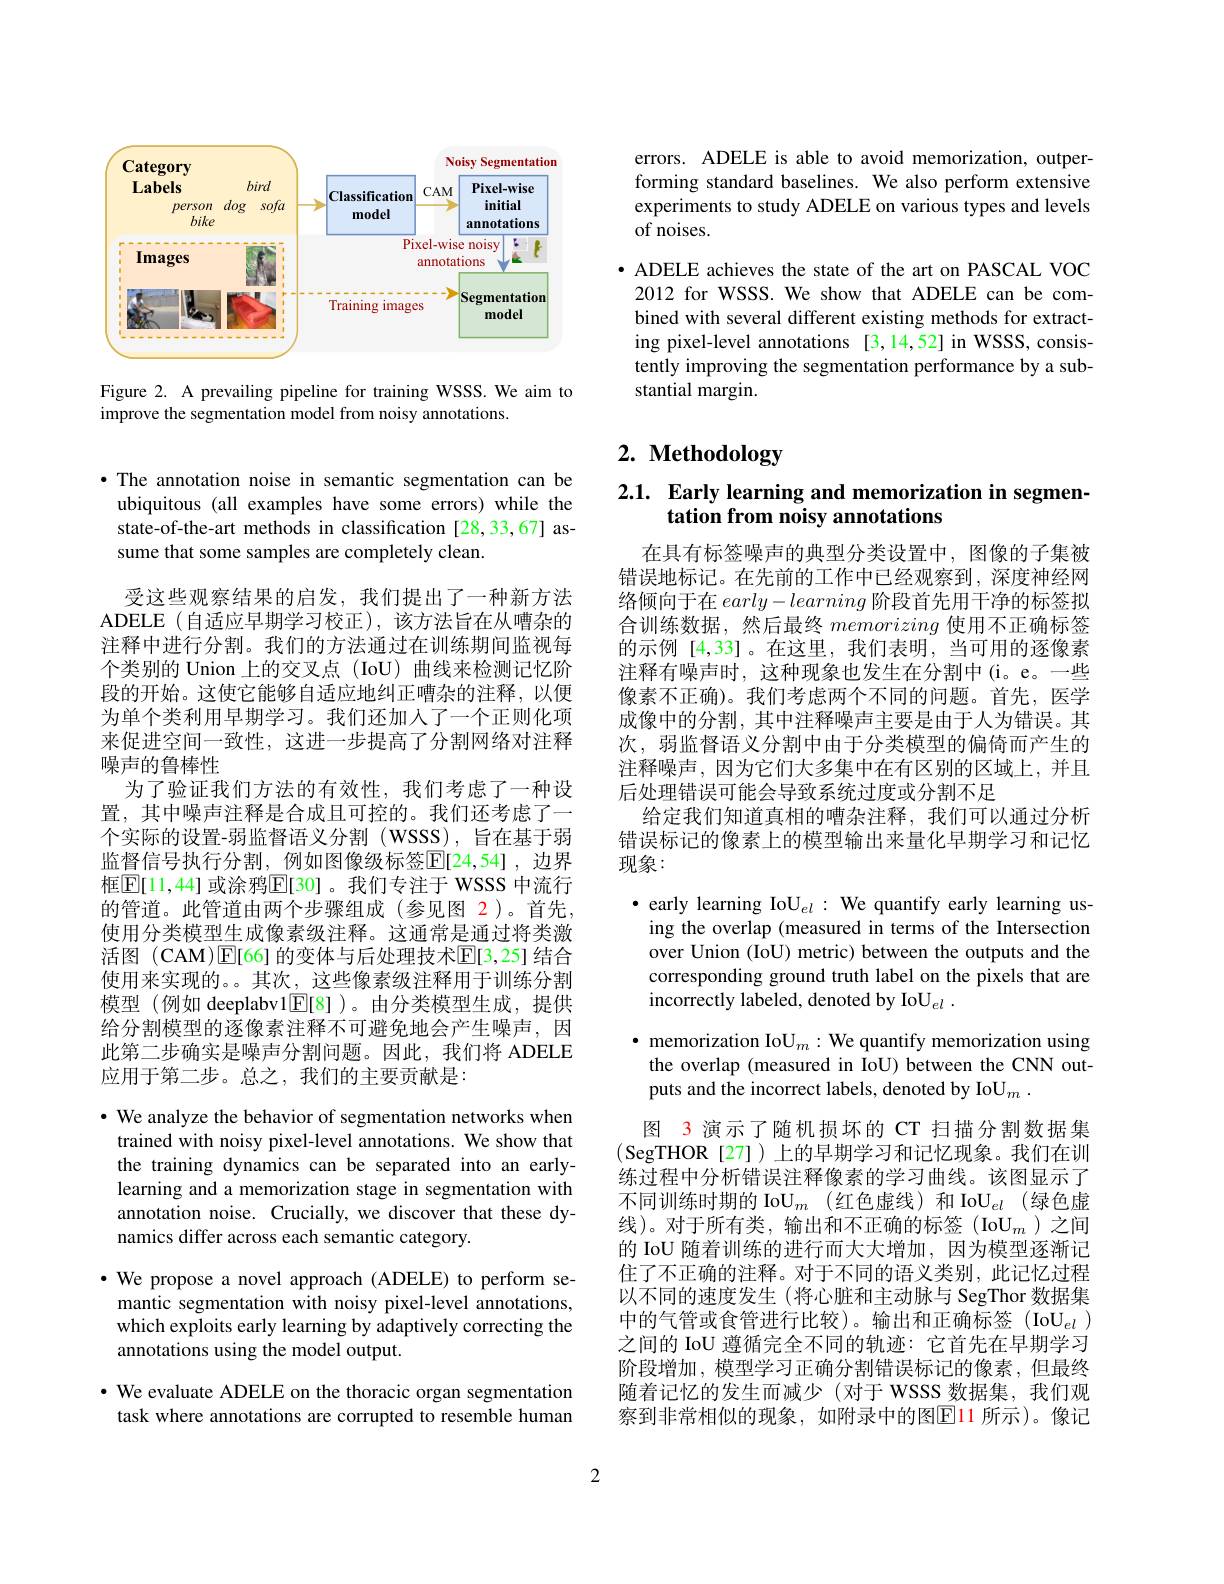
<FigureHere>

Figure 2. A prevailing pipeline for training WSSS. We aim to
improve the segmentation model from noisy annotations.

·The annotation noise in semantic segmentation can be
ubiquitous (all examples have some errors) while the state-of-the-art methods in classification [28,33,67] assume that some samples are completely clean.

受这些观察结果的启发，我们提出了一种新方法ADELE (自适应早期学习校正),该方法旨在从嘈杂的注释中进行分割。我们的方法通过在训练期间监视每个类别的 Union 上的交叉点 (IoU) 曲线来检测记忆阶段的开始。这使它能够自适应地纠正嘈杂的注释，以便为单个类利用早期学习。我们还加人了一个正则化项来促进空间一致性，这进一步提高了分割网络对注释噪声的鲁棒性
为了验证我们方法的有效性，我们考虑了一种设置，其中噪声注释是合成且可控的。我们还考虑了一个实际的设置-弱监督语义分割 (WSSS), 旨在基于弱监督信号执行分割，例如图像级标签$\mathbb{E}[24,54]$,边界框$\boxed{\mathbb{E}}[11,44]$ 或涂鸦$\boxed{\mathbb{E}}[30]$。我们专注于 WSSS 中流行的管道。此管道由两个步骤组成(参见图 2)。首先， 使用分类模型生成像素级注释。这通常是通过将类激活图 (CAM)$\operatorname{E}[$66]的变体与后处理技术$\operatorname{E}[3,25]$ 结合使用来实现的。。其次，这些像素级注释用于训练分割模型(例如 deeplabv1$\underline{\mathrm{E}}[8]$)。由分类模型生成，提供给分割模型的逐像素注释不可避免地会产生噪声，因此第二步确实是噪声分割问题。因此，我们将 ADELE 应用于第二步。总之，我们的主要贡献是：
$\cdot$ We analyze the behavior of segmentation networks when
trained with noisy pixel-level annotations. We show that the training dynamics can be separated into an earlylearning and a memorization stage in segmentation with annotation noise. Crucially, we discover that these dynamics differ across each semantic category.
· We propose a novel approach (ADELE) to perform semantic segmentation with noisy pixel-level annotations, which exploits early learning by adaptively correcting the annotations using the model output.
· We evaluate ADELE on the thoracic organ segmentation task where annotations are corrupted to resemble human

errors. ADELE is able to avoid memorization, outperforming standard baselines. We also perform extensive experiments to study ADELE on various types and levels of noises.

· ADELE achieves the state of the art on PASCAL VOC 2012 for WSSS. We show that ADELE can be combined with several different existing methods for extracting pixel-level annotations [3,14,52] in WSSS, consistently improving the segmentation performance by a substantial margin.

# 2. Methodology

# 2.1. Early learning and memorization in segmentation from noisy annotations

在具有标签噪声的典型分类设置中，图像的子集被错误地标记。在先前的工作中已经观察到，深度神经网络倾向于在$early-learning$阶段首先用干净的标签拟合训练数据，然后最终memorizing使用不正确标签的示例 [4,33]。在这里，我们表明，当可用的逐像素注释有噪声时，这种现象也发生在分割中(i。e。一些像素不正确)。我们考虑两个不同的问题。首先，医学成像中的分割，其中注释噪声主要是由于人为错误。其次，弱监督语义分割中由于分类模型的偏倚而产生的注释噪声，因为它们大多集中在有区别的区域上，并且后处理错误可能会导致系统过度或分割不足
给定我们知道真相的嘈杂注释，我们可以通过分析错误标记的像素上的模型输出来量化早期学习和记忆现象：

·early learning Io$\mathcal{U}_el:$ We quantify early learning using the overlap (measured in terms of the Intersection over Union (IoU) metric) between the outputs and the corresponding ground truth label on the pixels that are incorrectly labeled, denoted by IoU$_el$ .
$\bullet$ memorization Io$\mathrm{U}_m:$We quantify memorization using
the overlap (measured in IoU) between the CNN out-
puts and the incorrect labels, denoted by IoU$_m$ .
图 3 演示了随机损坏的 CT 扫描分割数据集(SegTHOR[27])上的早期学习和记忆现象。我们在训练过程中分析错误注释像素的学习曲线。该图显示了不同训练时期的 IoU$_m$ (红色虚线)和 IoU$_el$ (绿色虚线)。对于所有类，输出和不正确的标签(Io$\mathrm{U}_m$)之间的 IoU 随着训练的进行而大大增加，因为模型逐渐记住了不正确的注释。对于不同的语义类别，此记忆过程以不同的速度发生 (将心脏和主动脉与 SegThor 数据集中的气管或食管进行比较)。输出和正确标签(IoU$_el$ 之间的 IoU 遵循完全不同的轨迹：它首先在早期学习阶段增加 , 模型学习正确分割错误标记的像素，但最终随着记忆的发生而减少(对于 WSSS 数据集，我们观察到非常相似的现象，如附录中的图$\color{red}{\mathrm{El}}\color{red}{\mathrm{11}}$ 所示)。像记

2